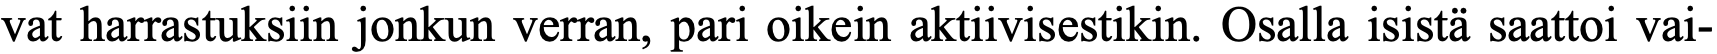
vat harrastuksiin jonkun verran, pari oikein aktiivisestikin. Osalla isistä saattoi vai-